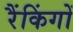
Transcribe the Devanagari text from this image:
रैंकिंगों